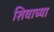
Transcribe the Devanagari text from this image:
शिवाच्या